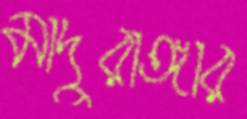
মাদুরাঙ্গার